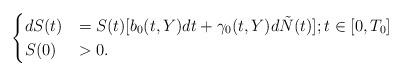
LaTeX: \begin{align*}\begin{cases} dS(t) &= S(t) [b_0(t,Y) dt + \gamma_0(t,Y) d\tilde{N}(t)] ; t\in[0, T_0]\\ S(0)&>0.\end{cases}\end{align*}